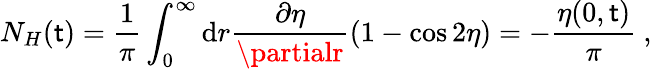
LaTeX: N_{H}(\mathsf{t})=\frac{{1}}{{\pi}}\int_{0}^{\infty}\mathrm{{d}}r\frac{{\partial\eta}}{{\partialr}}\left(1-\cos2\eta\right)=-\frac{{\eta(0,\mathsf{t})}}{{\pi}}\ ,